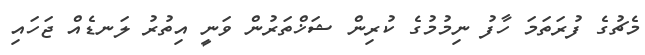
މެޗުގެ ފުރަތަމަ ހާފު ނިމުމުގެ ކުރިން ޝަޚްތަރުން ވަނީ އިތުރު ލަނޑެއް ޖަހައި